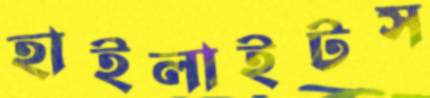
হাইলাইটস